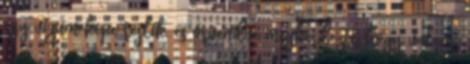
egy vízum képe rejlik, és örvendve megkérdezte, hogy valami